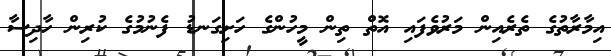
އިމާރާތުގެ ތެރެއިން މަރުވެފައި އޮތް ތިން މީހުންގެ ހަށިގަނޑު ފެނުމުގެ ކުރިން ހާދިސާ